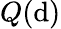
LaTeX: Q(\mathrm{d})